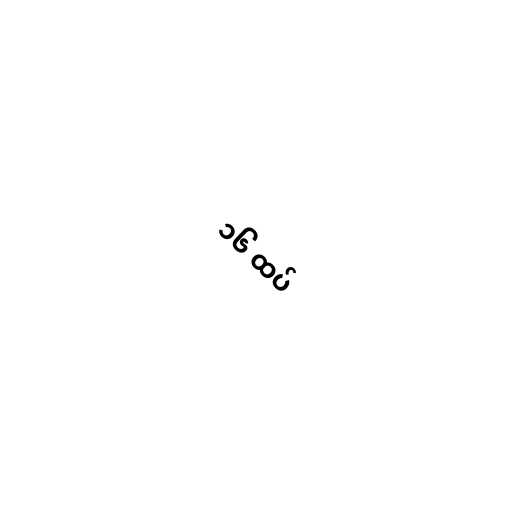
၁၆ ထပ်